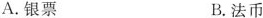
A.银票 B.法币